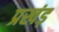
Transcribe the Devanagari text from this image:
प्रखंड़